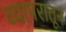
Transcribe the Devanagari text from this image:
व्यापरातून